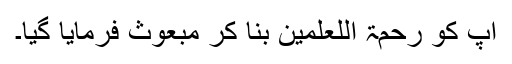
آپ کو رحمۃ اللعلمین بنا کر مبعوث فرمایا گیا۔